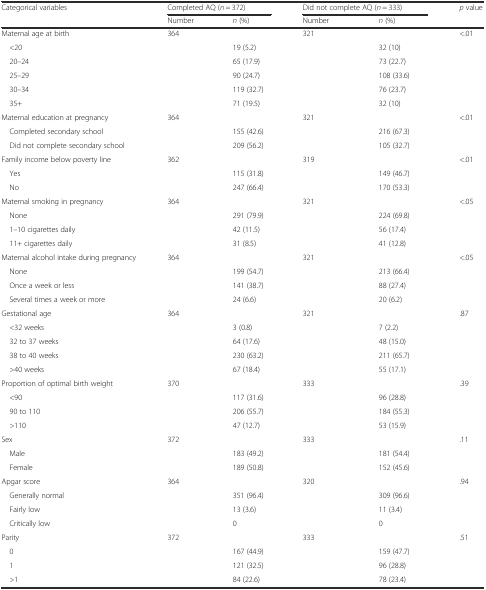
<table><thead><tr><td rowspan="2"><b>Categorical variables</b></td><td colspan="2"><b>Completed AQ (<i>n</i> = 372)</b></td><td colspan="2"><b>Did not complete AQ (<i>n</i> = 333)</b></td><td rowspan="2"><b><i>p</i> value</b></td></tr><tr><td><b>Number</b></td><td><b><i>n</i> (%)</b></td><td><b>Number</b></td><td><b><i>n</i> (%)</b></td></tr></thead><tbody><tr><td>Maternal age at birth</td><td>364</td><td></td><td>321</td><td></td><td>&lt;.01</td></tr><tr><td> &lt;20</td><td></td><td>19 (5.2)</td><td></td><td>32 (10)</td><td></td></tr><tr><td> 20–24</td><td></td><td>65 (17.9)</td><td></td><td>73 (22.7)</td><td></td></tr><tr><td> 25–29</td><td></td><td>90 (24.7)</td><td></td><td>108 (33.6)</td><td></td></tr><tr><td> 30–34</td><td></td><td>119 (32.7)</td><td></td><td>76 (23.7)</td><td></td></tr><tr><td> 35+</td><td></td><td>71 (19.5)</td><td></td><td>32 (10)</td><td></td></tr><tr><td>Maternal education at pregnancy</td><td>364</td><td></td><td>321</td><td></td><td>&lt;.01</td></tr><tr><td> Completed secondary school</td><td></td><td>155 (42.6)</td><td></td><td>216 (67.3)</td><td></td></tr><tr><td> Did not complete secondary school</td><td></td><td>209 (56.2)</td><td></td><td>105 (32.7)</td><td></td></tr><tr><td>Family income below poverty line</td><td>362</td><td></td><td>319</td><td></td><td>&lt;.01</td></tr><tr><td> Yes</td><td></td><td>115 (31.8)</td><td></td><td>149 (46.7)</td><td></td></tr><tr><td> No</td><td></td><td>247 (66.4)</td><td></td><td>170 (53.3)</td><td></td></tr><tr><td>Maternal smoking in pregnancy</td><td>364</td><td></td><td>321</td><td></td><td>&lt;.05</td></tr><tr><td> None</td><td></td><td>291 (79.9)</td><td></td><td>224 (69.8)</td><td></td></tr><tr><td> 1–10 cigarettes daily</td><td></td><td>42 (11.5)</td><td></td><td>56 (17.4)</td><td></td></tr><tr><td> 11+ cigarettes daily</td><td></td><td>31 (8.5)</td><td></td><td>41 (12.8)</td><td></td></tr><tr><td>Maternal alcohol intake during pregnancy</td><td>364</td><td></td><td>321</td><td></td><td>&lt;.05</td></tr><tr><td> None</td><td></td><td>199 (54.7)</td><td></td><td>213 (66.4)</td><td></td></tr><tr><td> Once a week or less</td><td></td><td>141 (38.7)</td><td></td><td>88 (27.4)</td><td></td></tr><tr><td> Several times a week or more</td><td></td><td>24 (6.6)</td><td></td><td>20 (6.2)</td><td></td></tr><tr><td>Gestational age</td><td>364</td><td></td><td>321</td><td></td><td>.87</td></tr><tr><td> &lt;32 weeks</td><td></td><td>3 (0.8)</td><td></td><td>7 (2.2)</td><td></td></tr><tr><td> 32 to 37 weeks</td><td></td><td>64 (17.6)</td><td></td><td>48 (15.0)</td><td></td></tr><tr><td> 38 to 40 weeks</td><td></td><td>230 (63.2)</td><td></td><td>211 (65.7)</td><td></td></tr><tr><td> &gt;40 weeks</td><td></td><td>67 (18.4)</td><td></td><td>55 (17.1)</td><td></td></tr><tr><td>Proportion of optimal birth weight</td><td>370</td><td></td><td>333</td><td></td><td>.39</td></tr><tr><td> &lt;90</td><td></td><td>117 (31.6)</td><td></td><td>96 (28.8)</td><td></td></tr><tr><td> 90 to 110</td><td></td><td>206 (55.7)</td><td></td><td>184 (55.3)</td><td></td></tr><tr><td> &gt;110</td><td></td><td>47 (12.7)</td><td></td><td>53 (15.9)</td><td></td></tr><tr><td>Sex</td><td>372</td><td></td><td>333</td><td></td><td>.11</td></tr><tr><td> Male</td><td></td><td>183 (49.2)</td><td></td><td>181 (54.4)</td><td></td></tr><tr><td> Female</td><td></td><td>189 (50.8)</td><td></td><td>152 (45.6)</td><td></td></tr><tr><td>Apgar score</td><td>364</td><td></td><td>320</td><td></td><td>.94</td></tr><tr><td> Generally normal</td><td></td><td>351 (96.4)</td><td></td><td>309 (96.6)</td><td></td></tr><tr><td> Fairly low</td><td></td><td>13 (3.6)</td><td></td><td>11 (3.4)</td><td></td></tr><tr><td> Critically low</td><td></td><td>0</td><td></td><td>0</td><td></td></tr><tr><td>Parity</td><td>372</td><td></td><td>333</td><td></td><td>.51</td></tr><tr><td> 0</td><td></td><td>167 (44.9)</td><td></td><td>159 (47.7)</td><td></td></tr><tr><td> 1</td><td></td><td>121 (32.5)</td><td></td><td>96 (28.8)</td><td></td></tr><tr><td> &gt;1</td><td></td><td>84 (22.6)</td><td></td><td>78 (23.4)</td><td></td></tr></tbody></table>